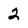
Character: 2